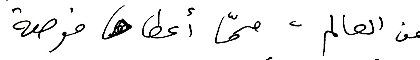
من العالم، ممّا أعطاها فرصةَ